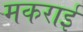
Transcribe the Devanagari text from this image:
मकराई